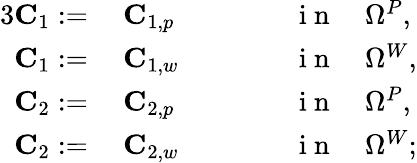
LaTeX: \begin{array}{rlrl}{{3}\mathbf{C}_{1}:=}&{{}~\mathbf{C}_{1,p}\qquad}&{}&{{}\mathrm{~i~n~}\quad\Omega^{P},}\\ {\mathbf{C}_{1}:=}&{{}~\mathbf{C}_{1,w}\qquad}&{}&{{}\mathrm{~i~n~}\quad\Omega^{W},}\\ {\mathbf{C}_{2}:=}&{{}~\mathbf{C}_{2,p}\qquad}&{}&{{}\mathrm{~i~n~}\quad\Omega^{P},}\\ {\mathbf{C}_{2}:=}&{{}~\mathbf{C}_{2,w}\qquad}&{}&{{}\mathrm{~i~n~}\quad\Omega^{W};}\end{array}